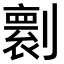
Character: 𠟼